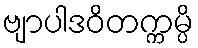
ဗျာပါဒဝိတက္ကမ္ပိ